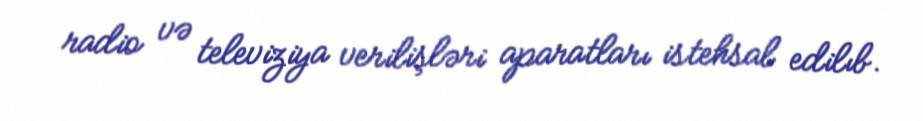
radio və televiziya verilişləri aparatları istehsal edilıb.